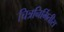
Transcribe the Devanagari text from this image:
चित्रनिर्मितीस